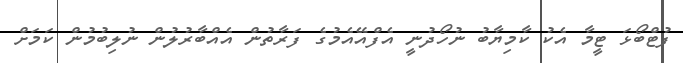
ފުޓްބޯޅަ ޓީމާ އެކު ކާމިޔާބު ނުހޯދުނީ އެފްއޭއެމުގެ ފަރާތުން އެއްބާރުލުން ނުލިބުމުން ކަމަށް